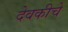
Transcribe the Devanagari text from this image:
देवकीचे